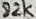
Text: 82K